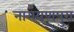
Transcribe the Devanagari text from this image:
नारायणपुरा